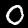
Label: 0